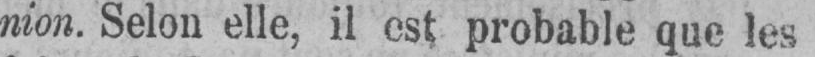
nion. Selon elle, il est probable que les